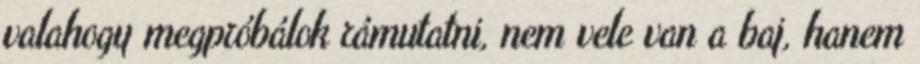
valahogy megpróbálok rámutatni, nem vele van a baj, hanem